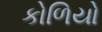
કોળિયો